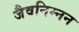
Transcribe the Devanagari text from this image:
जैवनिम्‍नन